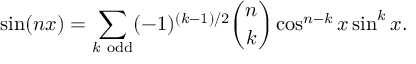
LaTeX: \sin ( n x ) = \sum _ { k { \mathrm { ~ o d d } } } ( - 1 ) ^ { ( k - 1 ) / 2 } { \binom { n } { k } } \cos ^ { n - k } x \sin ^ { k } x .